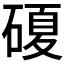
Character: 𥔹